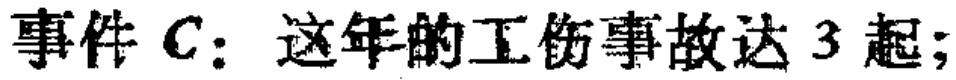
事件 \(C\)：这年的工伤事故达 3 起;